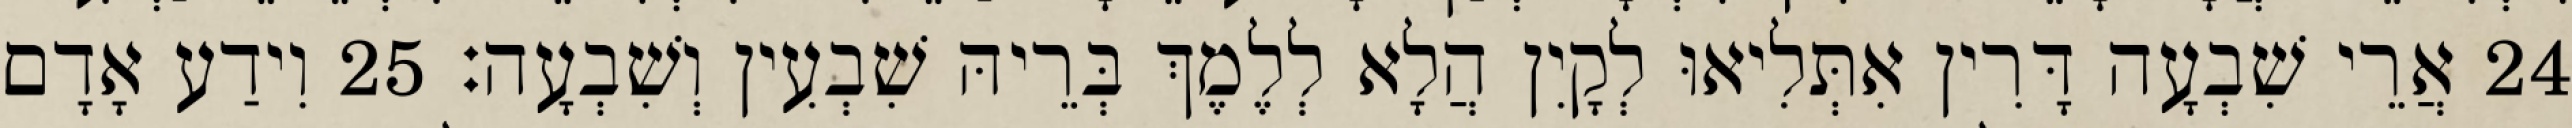
24 אֲרֵי שִׁבְעָה דָּרִין אִתְּלִיאוּ לְקָיִן הֲלָא לְלֶמֶךְ בְּרֵיהּ שִׁבְעִין וְשִׁבְעָה׃ 25 וִידַע אָדָם